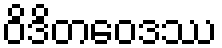
ဝိဒိတဝေဒဿ